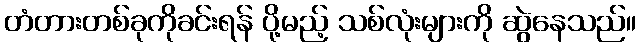
တံတားတစ်ခုကိုခင်းရန် ပို့မည့် သစ်လုံးများကို ဆွဲနေသည်။